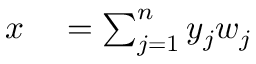
\begin{array} { r l } { x } & { { } = \sum _ { j = 1 } ^ { n } y _ { j } w _ { j } } \end{array}